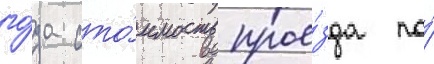
го́да сто́имость прое́зда по́